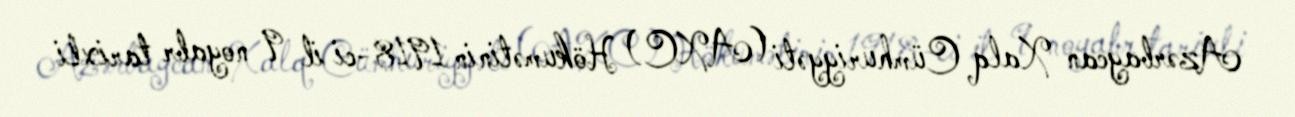
Azərbaycan Xalq Cümhuriyyəti (AXC) Hökumətinin 1918-ci il 9 noyabr tarixli